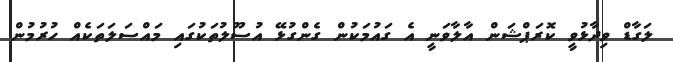
ލަގާޑް ވިދާޅުވީ ކޮރަޕްޝަން އާލާވަނީ އެ ގައުމަކުން ގެންގުޅޭ އުސޫލުތަކުގައި މައްސަލަތަކެއް ހުރުމުން